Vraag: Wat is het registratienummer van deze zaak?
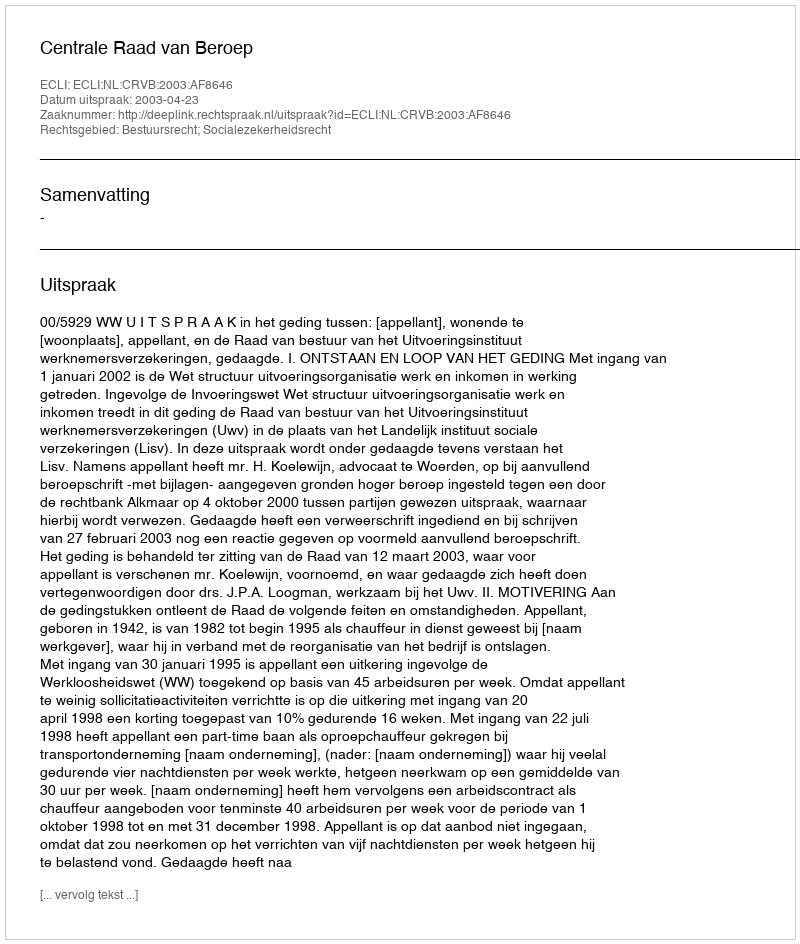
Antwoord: http://deeplink.rechtspraak.nl/uitspraak?id=ECLI:NL:CRVB:2003:AF8646